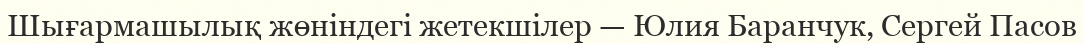
Шығармашылық жөніндегі жетекшілер — Юлия Баранчук, Сергей Пасов